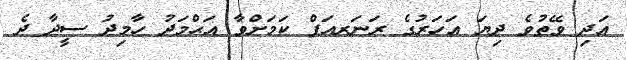
އަދި ވޭތުވެ ދިޔަ އަހަރުގެ ރަނަރއަޕް ކަމަށްވާ އަޙްމަދު ހާމިދު ސީދާ ދެ